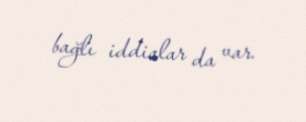
bağlı iddialar da var.